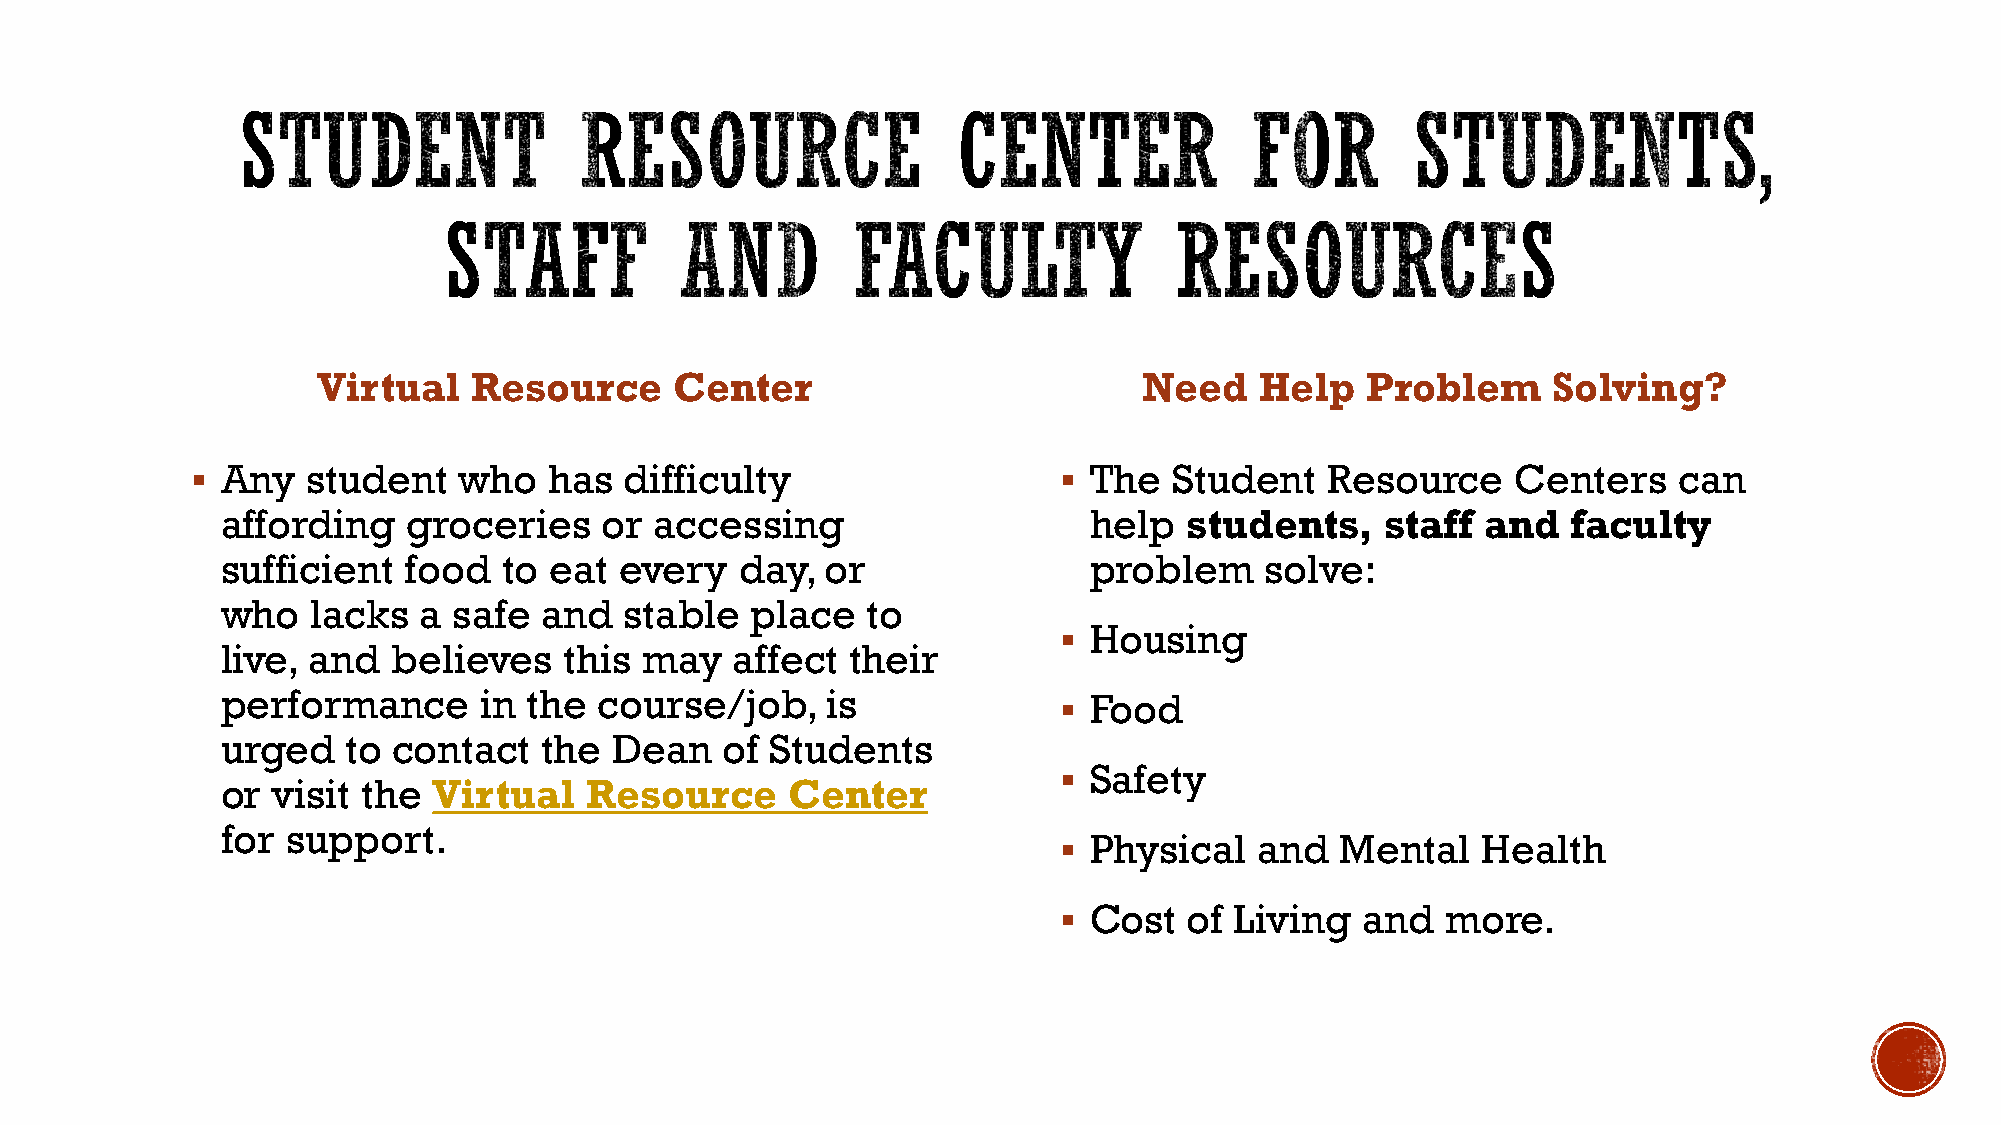
Virtual   Resource      Center                         Need   Help   Problem      Solving?
  Any  student   who   has  difficulty                    The   Student   Resource    Centers    can
 affording   groceries    or accessing                    help  students,     staff and   faculty
 sufficient  food  to eat  every   day,  or               problem     solve:
 who   lacks  a safe  and  stable   place  to
  Housing
 live, and  believes   this may    affect their
 performance      in the  course/job,    is              Food
 urged   to contact   the  Dean   of Students
  Safety
 or visit the  Virtual   Resource     Center
 for support.
  Physical   and   Mental   Health
  Cost   of Living  and   more.